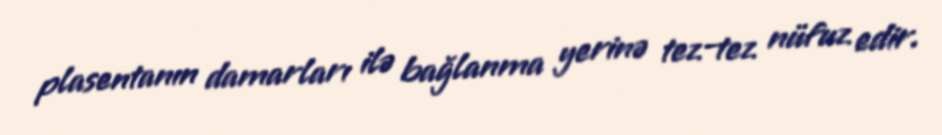
plasentanın damarları ilə bağlanma yerinə tez-tez nüfuz edir.